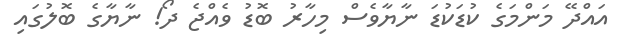
އައްދޭ މަންމަގެ ކުޑަކުޑަ ނާޔާވެސް މިހާރު ބޮޑު ވެއްޖެ ދޯ! ނާޔާގެ ބޮލުގައި